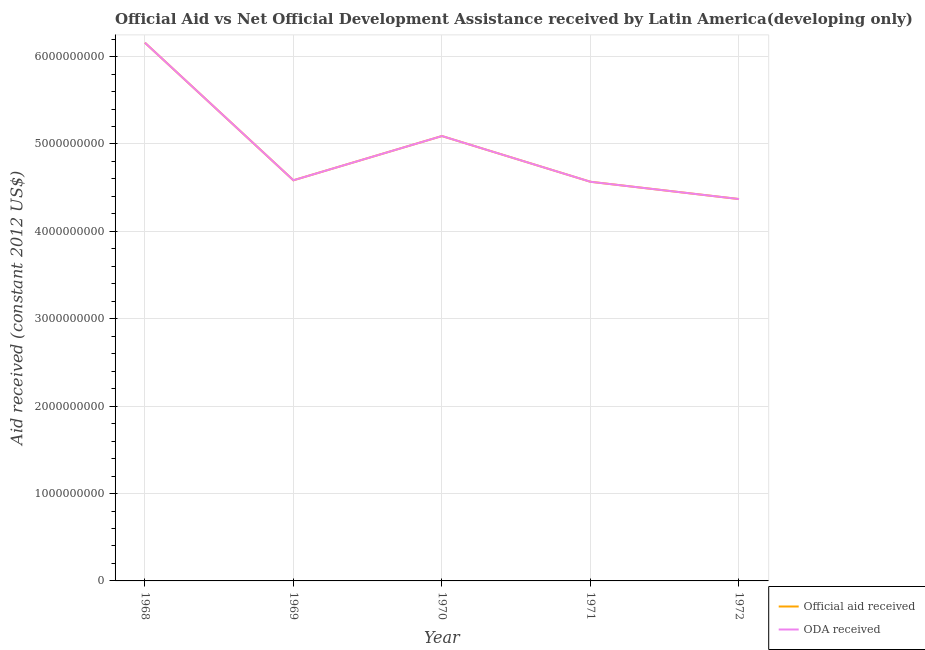
| Year | Official aid received | ODA received |
 | --- | --- | --- |
 | 1968 | 6.16e+09 | 6.16e+09 |
 | 1969 | 4.58e+09 | 4.58e+09 |
 | 1970 | 5.09e+09 | 5.09e+09 |
 | 1971 | 4.57e+09 | 4.57e+09 |
 | 1972 | 4.37e+09 | 4.37e+09 |